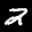
Label: 2